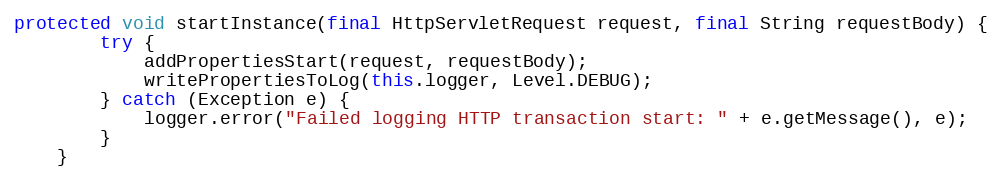
Language: Java
protected void startInstance(final HttpServletRequest request, final String requestBody) {
        try {
            addPropertiesStart(request, requestBody);
            writePropertiesToLog(this.logger, Level.DEBUG);
        } catch (Exception e) {
            logger.error("Failed logging HTTP transaction start: " + e.getMessage(), e);
        }
    }